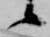
候